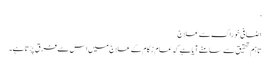
‘
اضافی خوراک سےعلاج
تاہم تحقیق سے سامنے آیا ہے کہ عام زکام کے علاج میں اس سے فرق پڑتا ہے۔